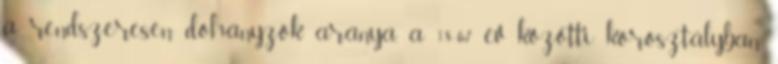
a rendszeresen dohányzók aránya, a 18-67 év közötti korosztályban